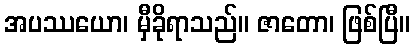
အပဿယော၊ မှီခိုရာသည်။ ဇာတော၊ ဖြစ်ပြီ။